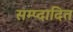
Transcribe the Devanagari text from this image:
सम्प्दादित